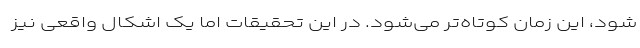
شود، این زمان کوتاه‌تر می‌شود. در این تحقیقات اما یک اشکال واقعی نیز